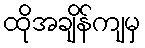
ထိုအချိန်ကျမှ